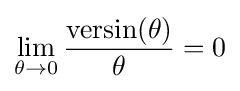
\lim _{\theta \to 0}{\frac {\operatorname {versin} (\theta )}{\theta }}=0